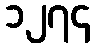
၁၂၇၄